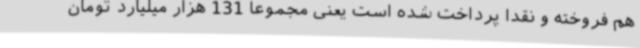
هم فروخته و نقدا پرداخت شده است یعنی مجموعا 131 هزار میلیارد تومان